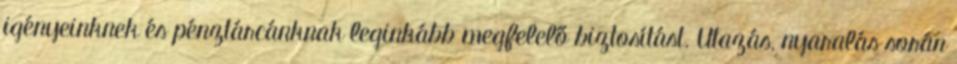
igényeinknek és pénztárcánknak leginkább megfelelő biztosítást. Utazás, nyaralás során